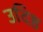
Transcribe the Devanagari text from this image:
उदिष्ठ